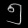
Digit: ၅